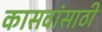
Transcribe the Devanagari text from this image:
कासवांसाठी